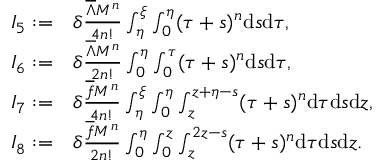
\begin{array} { r l } { I _ { 5 } : = } & { \delta \frac { { { \overline { { \Lambda } } } } M ^ { n } } { 4 n ! } \int _ { \eta } ^ { \xi } \int _ { 0 } ^ { \eta } ( \tau + s ) ^ { n } \mathrm { d } s \mathrm { d } \tau , } \\ { I _ { 6 } : = } & { \delta \frac { { { \overline { { \Lambda } } } } M ^ { n } } { 2 n ! } \int _ { 0 } ^ { \eta } \int _ { 0 } ^ { \tau } ( \tau + s ) ^ { n } \mathrm { d } s \mathrm { d } \tau , } \\ { I _ { 7 } : = } & { \delta \frac { \overline { { f } } M ^ { n } } { 4 n ! } \int _ { \eta } ^ { \xi } \int _ { 0 } ^ { \eta } \int _ { z } ^ { z + \eta - s } ( \tau + s ) ^ { n } \mathrm { d } \tau \mathrm { d } s \mathrm { d } z , } \\ { I _ { 8 } : = } & { \delta \frac { \overline { { f } } M ^ { n } } { 2 n ! } \int _ { 0 } ^ { \eta } \int _ { 0 } ^ { z } \int _ { z } ^ { 2 z - s } ( \tau + s ) ^ { n } \mathrm { d } \tau \mathrm { d } s \mathrm { d } z . } \end{array}